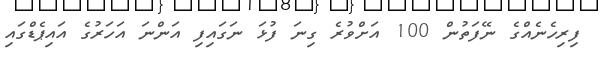
ފިރިހެނެއްގެ ނޭފަތުން 100 އަށްވުރެ ގިނަ ފުޅަ ނަގައިފި އަންނަ އަހަރުގެ އައިޕެޑްގައި